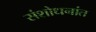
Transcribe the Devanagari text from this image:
संशोधनांत